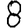
Digit: 8